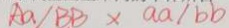
A a / B B \times a a / b b